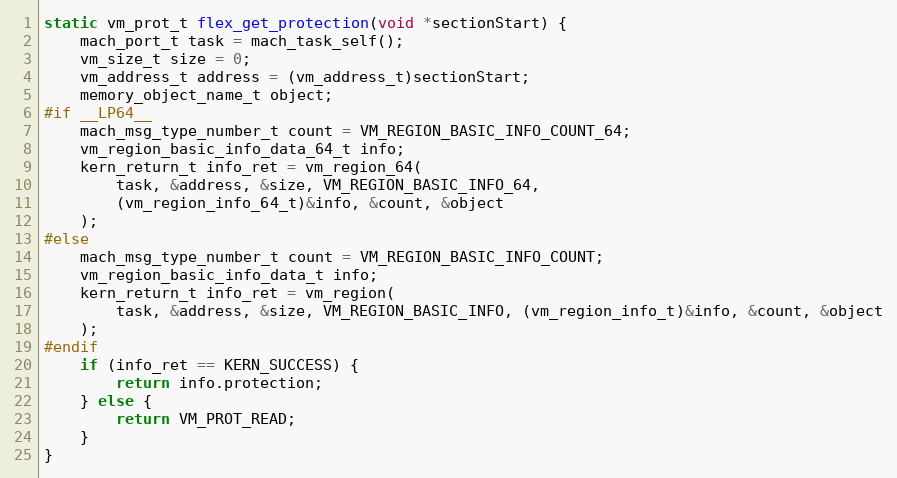
Language: C
static vm_prot_t flex_get_protection(void *sectionStart) {
    mach_port_t task = mach_task_self();
    vm_size_t size = 0;
    vm_address_t address = (vm_address_t)sectionStart;
    memory_object_name_t object;
#if __LP64__
    mach_msg_type_number_t count = VM_REGION_BASIC_INFO_COUNT_64;
    vm_region_basic_info_data_64_t info;
    kern_return_t info_ret = vm_region_64(
        task, &address, &size, VM_REGION_BASIC_INFO_64,
        (vm_region_info_64_t)&info, &count, &object
    );
#else
    mach_msg_type_number_t count = VM_REGION_BASIC_INFO_COUNT;
    vm_region_basic_info_data_t info;
    kern_return_t info_ret = vm_region(
        task, &address, &size, VM_REGION_BASIC_INFO, (vm_region_info_t)&info, &count, &object
    );
#endif
    if (info_ret == KERN_SUCCESS) {
        return info.protection;
    } else {
        return VM_PROT_READ;
    }
}